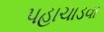
પહાચાડવા